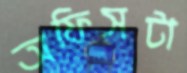
অফিসটা